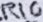
Text: R10